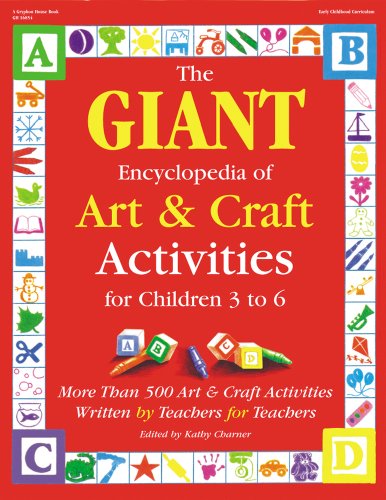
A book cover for The GIANT Encyclopedia of Art & Craft Activities for Children 3 to 6: More than 500 Art & Craft Activities Written by Teachers for Teachers (The GIANT Series); Reference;